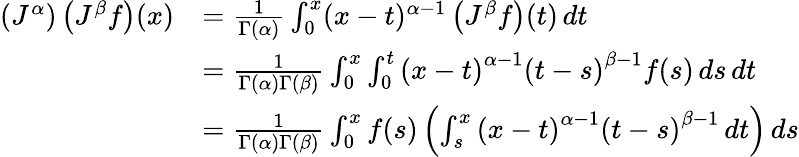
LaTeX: {\begin{array}{rl}{\left(J^{\alpha}\right)\left(J^{\beta}f\right)(x)}&{={\frac{1}{\Gamma(\alpha)}}\int_{0}^{x}(x-t)^{\alpha-1}\left(J^{\beta}f\right)(t)\, dt}\\ &{={\frac{1}{\Gamma(\alpha)\Gamma(\beta)}}\int_{0}^{x}\int_{0}^{t}\left(x-t\right)^{\alpha-1}\left(t-s\right)^{\beta-1}f(s)\, ds\, dt}\\ &{={\frac{1}{\Gamma(\alpha)\Gamma(\beta)}}\int_{0}^{x}f(s)\left(\int_{s}^{x}\left(x-t\right)^{\alpha-1}\left(t-s\right)^{\beta-1}\, dt\right)\, ds}\end{array}}